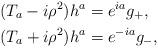
LaTeX: \begin{align*} (T_{a}-i\rho^{2}) h^{a} &= e^{ia} g_{+} ,\\ (T_{a}+i\rho^{2}) h^{a} &= e^{-ia} g_{-} ,\end{align*}